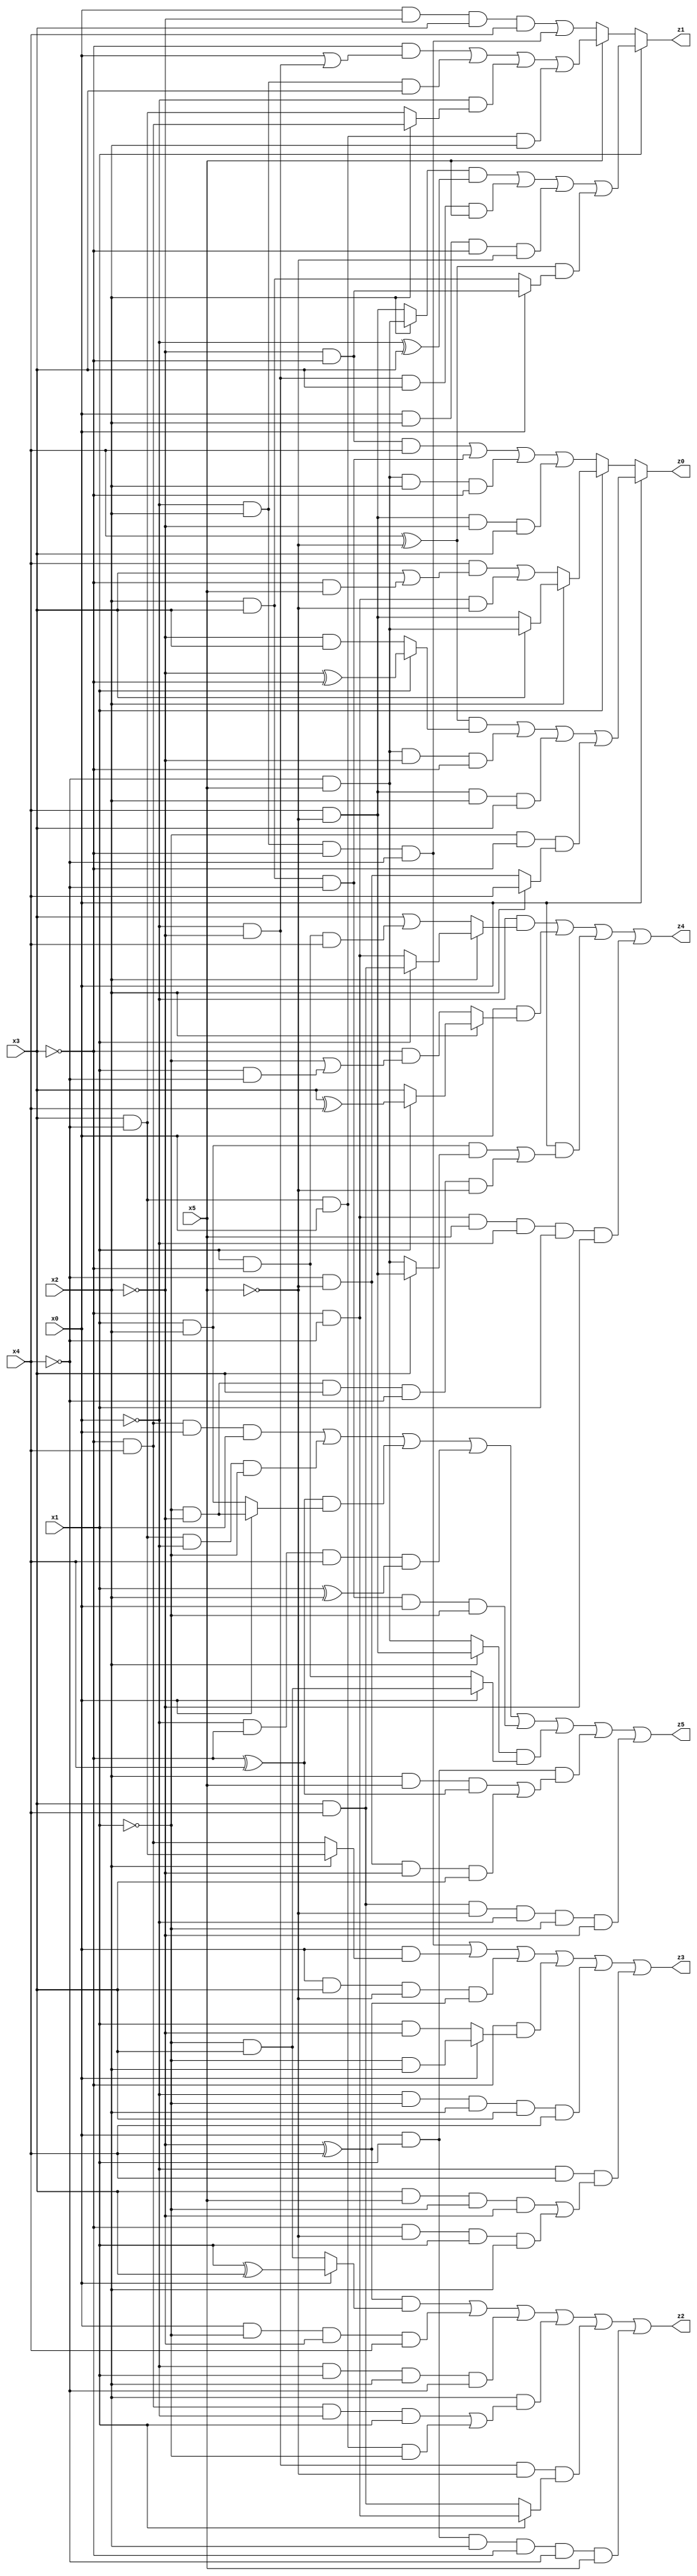
// Benchmark "X_19" written by ABC on Wed Jun 07 23:36:37 2023

module X_19 ( 
    x0, x1, x2, x3, x4, x5,
    z0, z1, z2, z3, z4, z5  );
  input  x0, x1, x2, x3, x4, x5;
  output z0, z1, z2, z3, z4, z5;
  assign z0 = x0 ? (((x4 ^ ~x5) & (x1 ? (~x2 ^ ~x3) : (~x2 & x3))) | (~x4 & x5 & ~x2 & ~x3) | (x4 & ~x5 & x2 & x3) | (~x1 & ~x3 & (x2 ? x4 : (~x4 & ~x5)))) : (x1 ? (x2 ? (x3 ? (~x4 & x5) : (x4 & ~x5)) : ((x4 & (x3 | (~x3 & x5))) | (~x3 & ~x4 & ~x5))) : ((~x2 & ~x3 & x4) | (x2 & x3 & ~x4) | (~x4 & x5 & x2 & ~x3) | (x4 & ~x5 & ~x2 & x3)));
  assign z1 = x1 ? (((x2 ? (~x4 & x5) : (x4 & ~x5)) & (~x0 ^ x3)) | (~x0 & ~x2 & x3 & x5) | (x0 & x2 & ~x3 & ~x5) | ((x4 ^ ~x5) & (x0 ? (~x2 & ~x3) : (x2 & x3)))) : (x5 ? ((~x3 & (x0 | (~x0 & ~x2))) | (~x0 & x2 & x3) | (~x0 & (x2 ? (~x3 & x4) : (x3 & ~x4))) | (x3 & ~x4 & x0 & x2)) : ((x0 & ~x2 & x3 & x4) | (~x0 & x2 & ~x3 & ~x4)));
  assign z2 = ((~x2 ^ x4) & (x0 ? (x1 ^ x3) : (~x1 & x3))) | (x0 & ~x1 & ~x2 & x4) | (~x0 & x1 & x2 & ~x4) | (x2 & ((~x3 & x4 & ~x0 & x1) | (x3 & ~x4 & x0 & ~x1))) | (~x0 & ~x2 & ~x5 & (x1 ? (~x3 & ~x4) : (x3 & x4))) | (x0 & x1 & x2 & ~x3 & ~x4 & x5);
  assign z3 = (~x0 & x2 & ~x3 & ~x4) | (x0 & (x2 ? (x3 & ~x4) : (~x3 & x4))) | (x0 & x3 & ~x5 & (~x2 ^ x4)) | (~x3 & (x0 ? (~x1 & x2) : (x1 & ~x2))) | (~x0 & ~x1 & x2 & x3 & x4) | (~x0 & x4 & ((x3 & x5 & ~x1 & ~x2) | (~x3 & ~x5 & x1 & x2)));
  assign z4 = (~x0 & (x2 ? (x1 ? (x3 & x4) : (~x3 & ~x4)) : (x3 | (x1 & ~x3 & x4)))) | (x0 & (x2 ? (x1 ? (x3 ^ x4) : x3) : (~x3 & (~x1 | (x1 & ~x4))))) | (x0 & ((x1 & x2 & (x3 ? (x4 & ~x5) : (~x4 & x5))) | (~x1 & ~x2 & x3 & ~x4 & ~x5))) | (~x3 & ~x4 & x5 & ~x0 & x1 & ~x2);
  assign z5 = (~x3 & x4 & x0 & x1) | (x3 & ~x4 & ~x0 & ~x1) | ((~x3 ^ x4) & (x0 ? (~x1 & ~x2) : (x1 & x2))) | (~x0 & ~x3 & x4 & (x1 ^ x2)) | (x2 & x3 & ~x4 & x0 & ~x1) | ((x2 ? (x4 & ~x5) : (~x4 & x5)) & (x0 ? (~x1 & x3) : (x1 & ~x3))) | (x0 & x1 & ((x2 & x5 & (~x3 ^ x4)) | (~x4 & ~x5 & ~x2 & x3))) | (x3 & x4 & ~x5 & ~x0 & ~x1 & ~x2);
endmodule